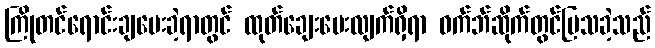
ကြိုတင်ရောင်းချပေးခဲ့ရာတွင် ထုတ်ချေးပေးလျက်ရှိရာ ဝက်ဘ်ဆိုက်တွင်ပြသခဲ့သည်